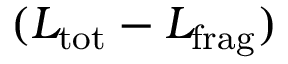
( { L } _ { \mathrm { t o t } } - { L } _ { \mathrm { f r a g } } )